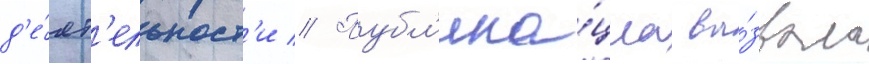
д'е́ят'ельност'и // Публ'ика́циа вы́звала